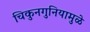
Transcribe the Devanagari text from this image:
चिकुनगुनियामुळे